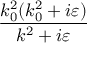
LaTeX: \frac { k _ { 0 } ^ { 2 } ( k _ { 0 } ^ { 2 } + i \varepsilon ) } { k ^ { 2 } + i \varepsilon }